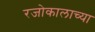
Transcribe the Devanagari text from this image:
रजोकालाच्या